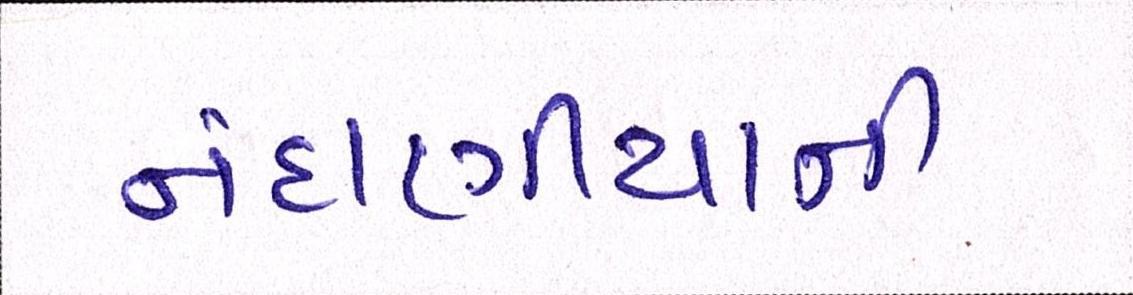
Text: નંદાણીયાની